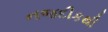
નજદીકથી